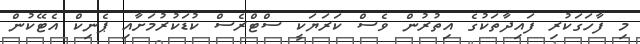
މި ފާހަގަކުރި ފައިދާތަކުގެ އިތުރުން ވެސް ކަރަޔަކީ ސްޓްރެސް ކުޑަކުރުމަށާއި ޕެނިކް އެޓޭކުން